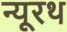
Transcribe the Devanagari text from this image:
न्यूरथ